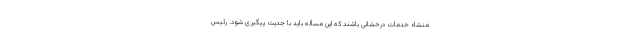
منشاء خدمات درخشانی باشند که این مسأله باید با جدیت پیگیری شود. رئیس